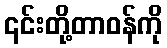
၎င်းတို့တာဝန်ကို